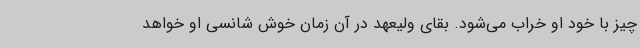
چیز با خود او خراب می‌شود. بقای ولیعهد در آن زمان خوش شانسی او خواهد